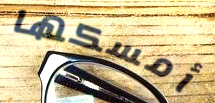
أمسكها